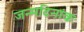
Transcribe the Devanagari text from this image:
जन्मदिनांकः